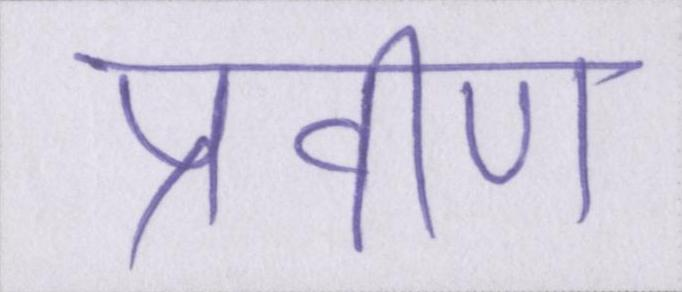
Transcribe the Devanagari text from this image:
प्रवीण